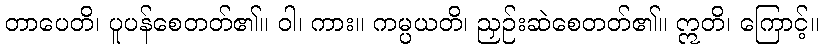
တာပေတိ၊ ပူပန်စေတတ်၏။ ဝါ၊ ကား။ ကမ္ပယတိ၊ ညှဉ်းဆဲစေတတ်၏။ ဣတိ၊ ကြောင့်။